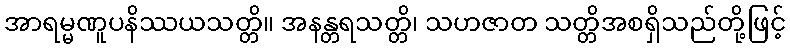
အာရမ္မဏူပနိဿယသတ္တိ။ အနန္တရသတ္တိ၊ သဟဇာတ သတ္တိအစရှိသည်တို့ဖြင့်